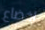
إخضاع